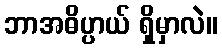
ဘာအဓိပ္ပာယ် ရှိမှာလဲ။